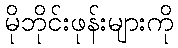
မိုဘိုင်းဖုန်းများကို